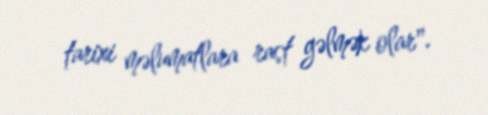
tarixi məlumatlara rast gəlmək olar".